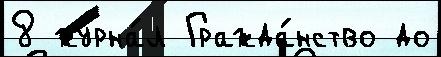
8 журна́л Гражда́нство до